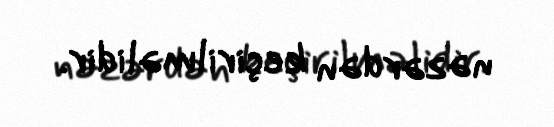
nəzərdən keçirilməlidir.